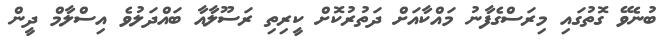
ބުނެވޭ ގޮތުގައި މިރަސްގެފާނު މައްކާއަށް ދަތުރުކޮށް ކީރިތި ރަސޫލާއާ ބައްދަލުވެ އިސްލާމް ދީން